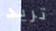
تريد